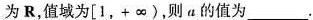
为R，值域为[1，+∞)，则a的值为___。